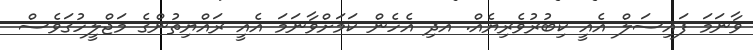
ވާނަމަ ފައިސަލް އެއީ ކިބުރުވެރިޔެއް. އދި އެހެން ކަމަށްވާނަމަ އެއީ ޜައްޔިތުންގެ މަޖްލީހުގަވެސް